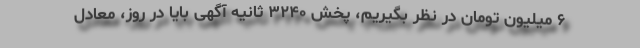
۶ میلیون تومان در نظر بگیریم، پخش ۳۲۴۰ ثانیه آگهی بایا در روز، معادل